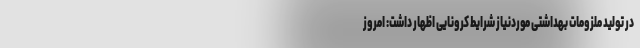
در تولید ملزومات بهداشتی موردنیاز شرایط کرونایی اظهار داشت: امروز